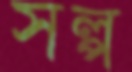
সল্প